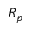
R _ { p }